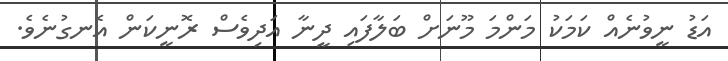
އަޑު ނީވުނެއް ކަމަކު މަންމަ މޫނަށް ބަލާފައި ދީނާ އަދިވެސް ރޮނީކަން އެނގުނެވެ.